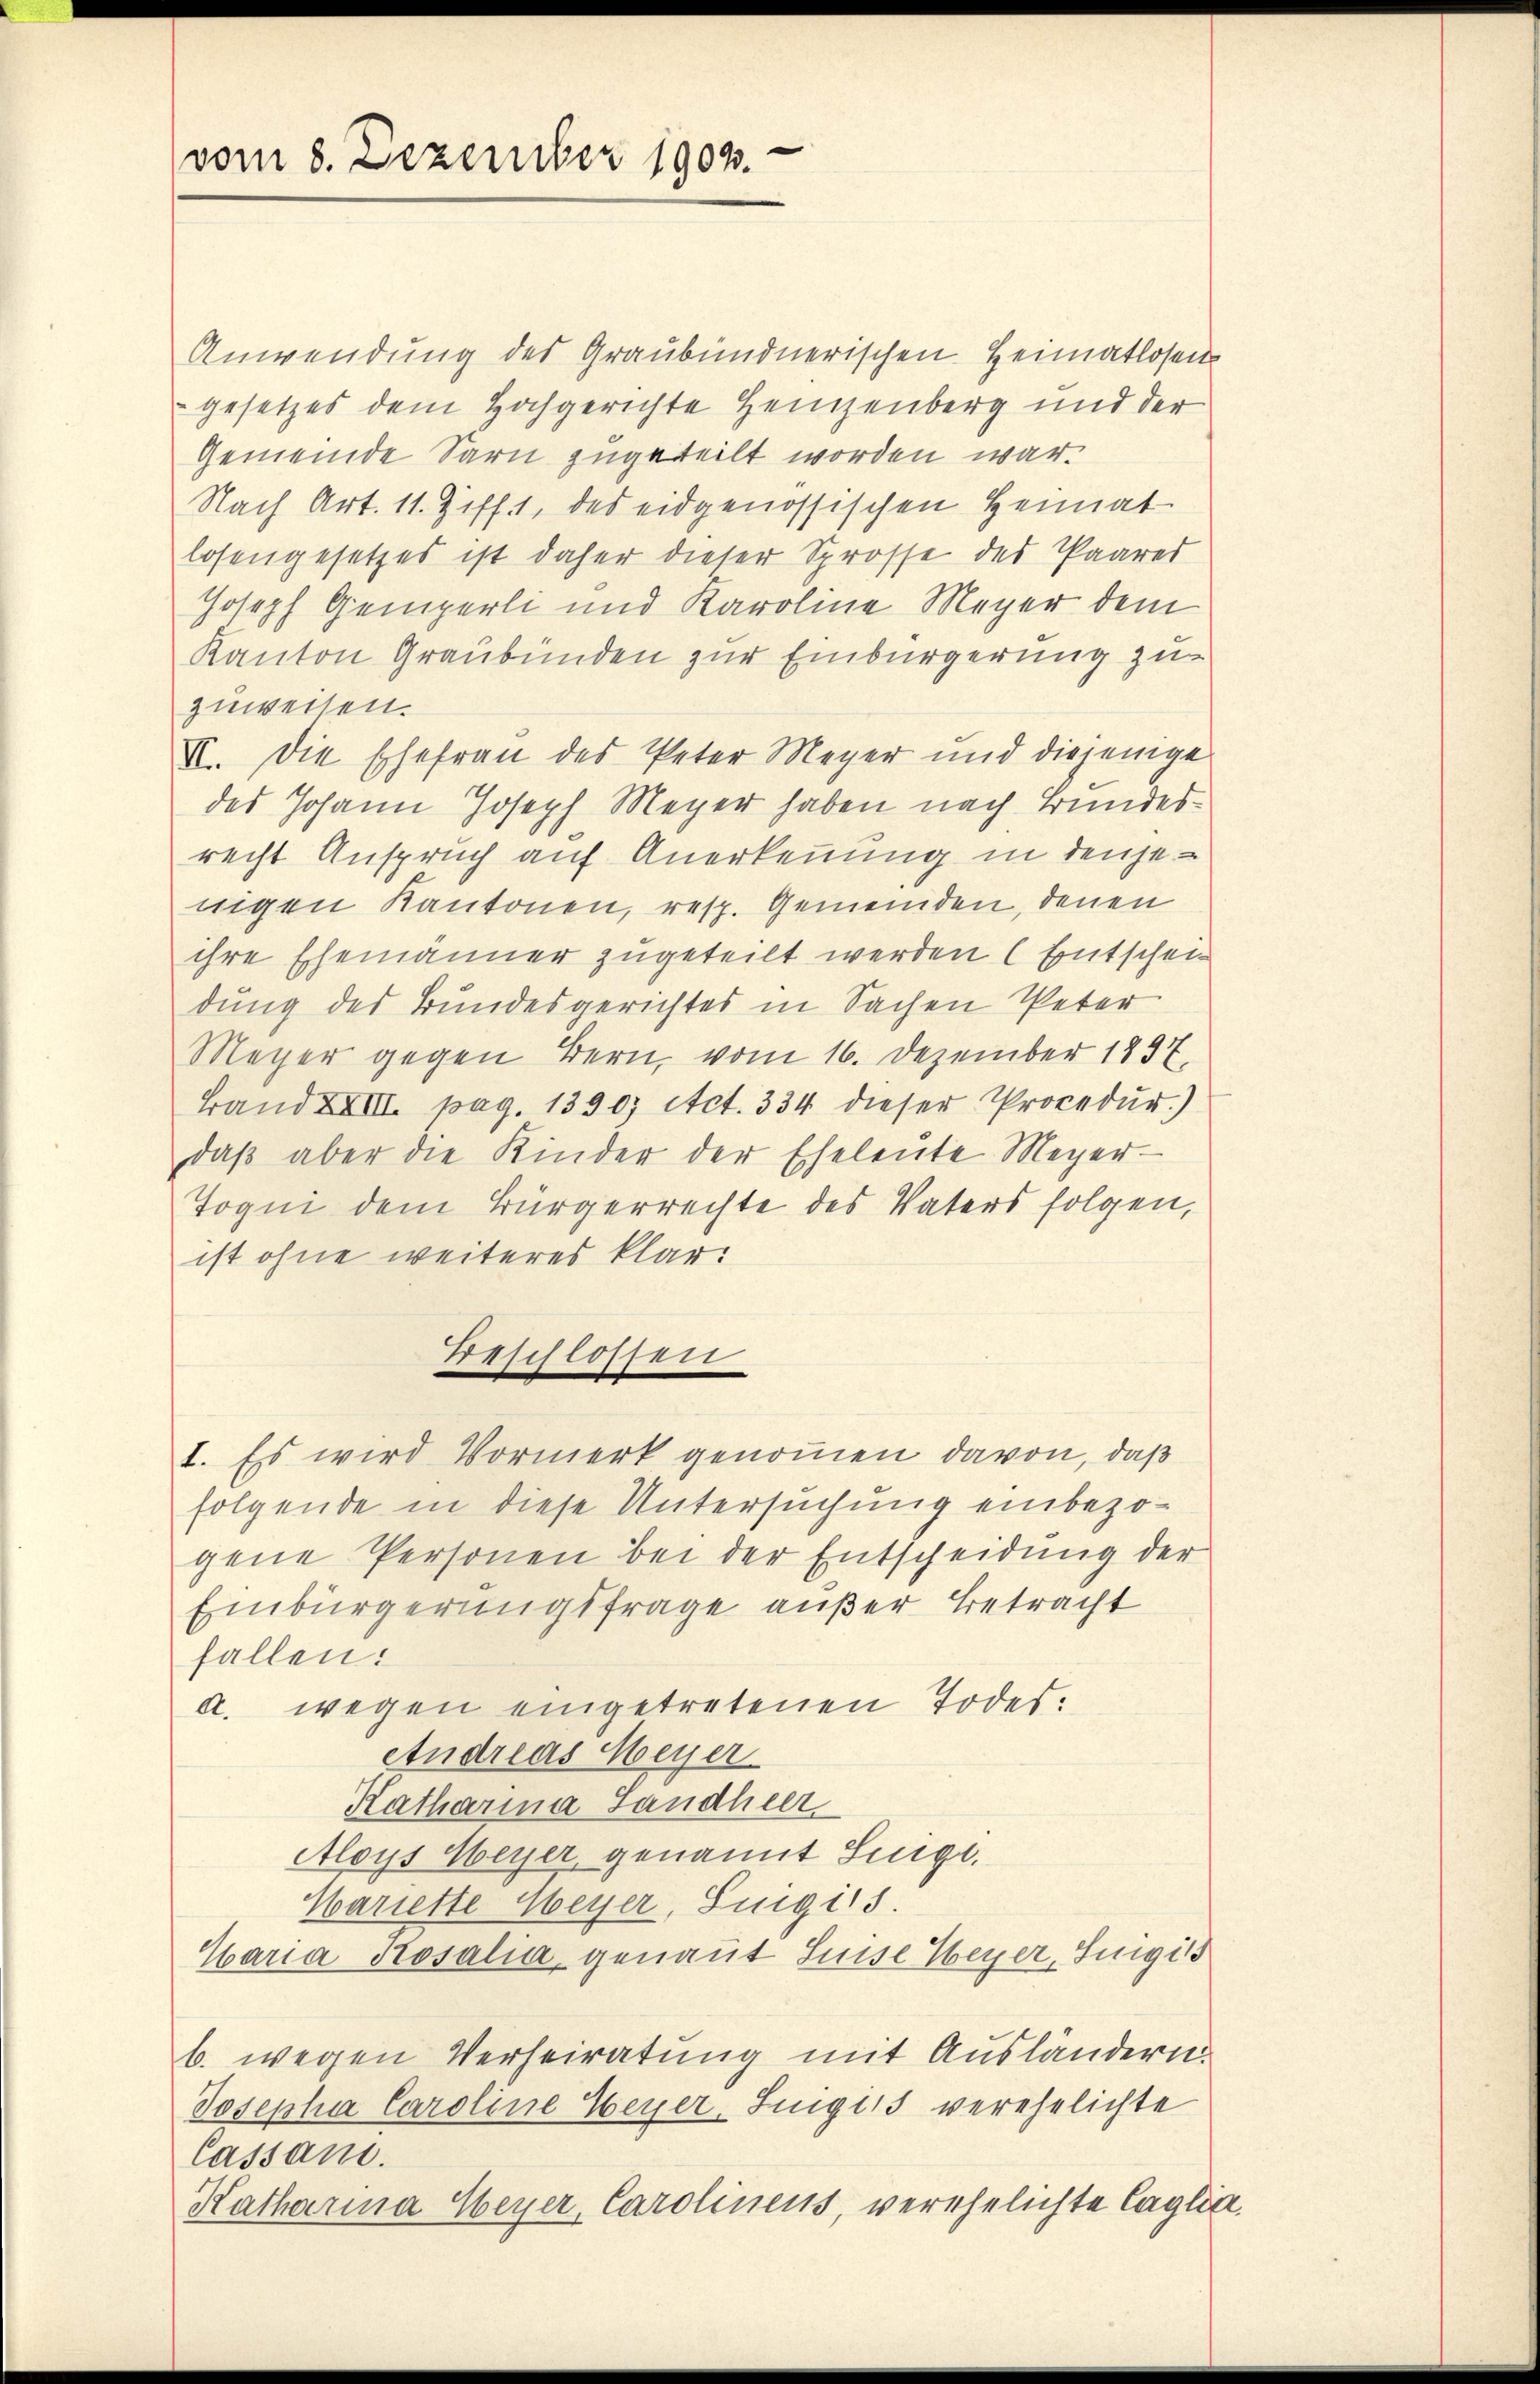
vom 8. Dezember 1902.

Anwendung des Graubündnerischen Heimatlosen
Gesetzes dem Hochgerichte Heinzenberg und der
Gemeinde Sarn zugeteilt worden war.
Nach Art. 11. Zifft, des eidgenössischen Heimat
losengesetzes ist daher dieser Sprosse des Paarer
Joseph Gemperli und Karoline Meyer dem
Kanton Graubünden zur Einbürgerung zu
zuweisen.
II. Die Ehefrau des Peter Meyer und diejenige
des Johann Joseph Meyer haben nach Bundesrecht Anspruch auf Anerkennung in denjenigen Kantonen, resp. Gemeinden, denen
ihre Ehemänner zugeteilt werden (Entscheidung des Bundesgerichtes in Sachen Peter
Meyer gegen Bern, vom 16. Dezember 1837.
Band XXIII. pag. 1390) Act. 334 dieser Procedur.)
daβ aber die Kinder der Eheleute Meyer-
Jogni dem Bürgerrechte des Vaters folgen,
ist ohne weiteres klar:
Beschlossen
I. Es wird Vormerk genommen davon, daß
folgende in diese Untersuchung einbezogene Personen bei der Entscheidung der
Einbürgerungsfrage außer Betracht
fallen:
a. wegen eingetretenen Todes¬
Andreas Meyer
Katharina Sandheer
Aloys Meyer, genannt Singe.
Mariette Weyer, Suigi s.
Haria Rosalia, genant Luise Weyer, Sigis
b. wegen Verheiratung mit Ausländern.
Josepha Caroline Weyer, Luigiis verehelichte
Cassam.
Katharina Weyer, Carolinens, verehelichte Caglia,